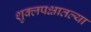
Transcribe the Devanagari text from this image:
शुक्लपक्षातल्या